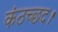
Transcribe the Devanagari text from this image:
कंठच्छद।